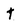
Character: t